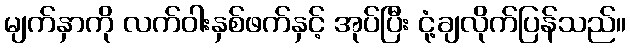
မျက်နှာကို လက်ဝါးနှစ်ဖက်နှင့် အုပ်ပြီး ငုံ့ချလိုက်ပြန်သည်။